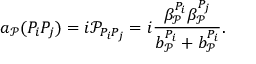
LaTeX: a _ { \mathcal { P } } ( P _ { i } P _ { j } ) = i \mathcal { P } _ { P _ { i } P _ { j } } = i \frac { \beta _ { \mathcal { P } } ^ { P _ { i } } \beta _ { \mathcal { P } } ^ { P _ { j } } } { b _ { \mathcal { P } } ^ { P _ { i } } + b _ { \mathcal { P } } ^ { P _ { i } } } .